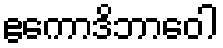
ဧကောဒိဘာဝေါ